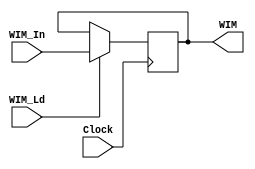
module Window_Invalid_Mask_Register (
							output reg [31:0] WIM,
							input [31:0] WIM_In,
							input WIM_Ld,
							input Clock
							);
	
	/* Initial reset conditions */
	initial
		begin
		WIM <= 32'd0;
		end
	
	always @ (negedge Clock)
		begin
		if (WIM_Ld)
			begin
			WIM <= WIM_In;
			end
		end
endmodule